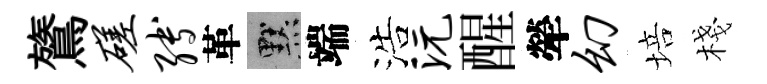
鷟磋缚革默端浩沅醒犖幻培棧